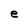
Character: e